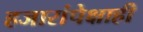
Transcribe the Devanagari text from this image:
हजारांपेक्षाही